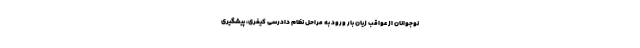
نوجوانان از عواقب زیان بار ورود به مراحل نظام دادرسی کیفری، پیشگیری